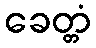
ခေတ္တံ